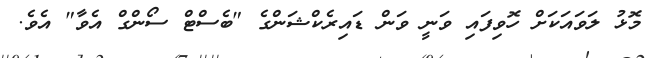
މޮޅު ލަވައަކަށް ހޮވިފައި ވަނީ ވަން ޑައިރެކްޝަންގެ "ބެސްޓް ސޯންގް އެވާ" އެވެ.